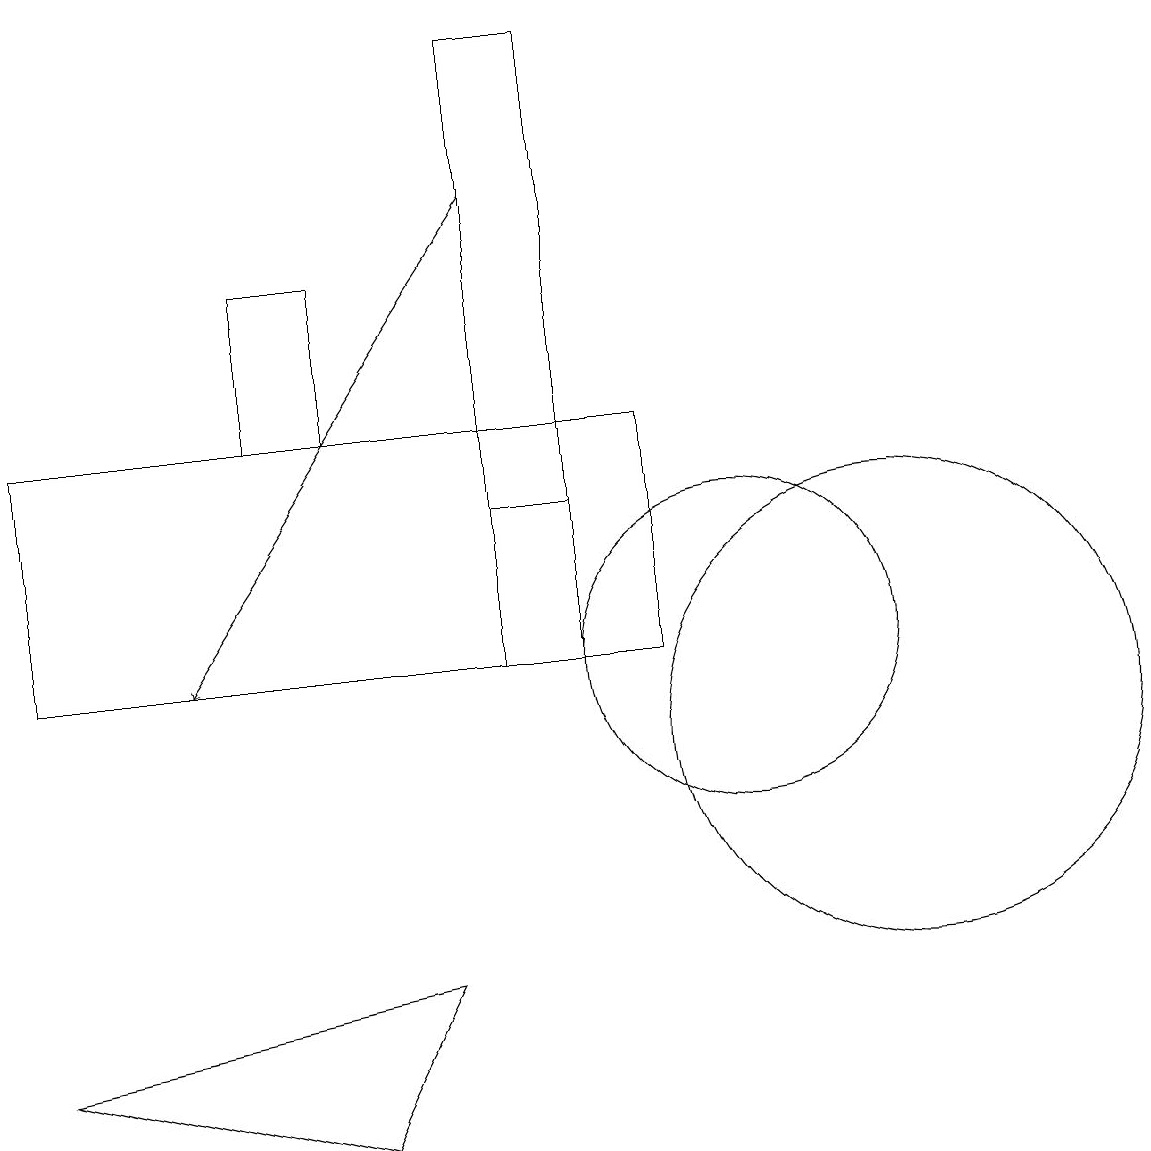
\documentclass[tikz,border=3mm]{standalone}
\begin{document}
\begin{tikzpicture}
\draw (6,7) -- (5,5) -- (1,6) -- cycle;
\draw (12,10) circle (3);
\draw (8,19) rectangle (7,11);
\draw[->] (7,17) -- (3,11);
\draw (9,14) rectangle (1,11);
\draw (10,11) circle (2);
\draw (8,19) rectangle (7,13);
\draw (4,14) rectangle (5,16);
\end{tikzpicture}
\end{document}